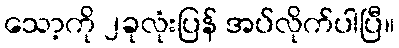
သော့ကို ၂ခုလုံးပြန် အပ်လိုက်ပါပြီ။